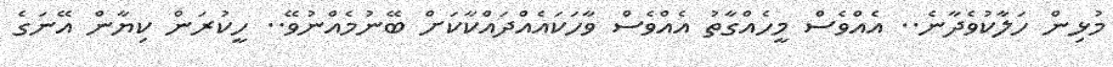
މުޅިން ހަލާކުވެދާނެ.. އެއްވެސް މީހެއްގާތު އެއްވެސް ވާހަކައެއްދައްކާކަށް ބޭނުމެއްނުވޭ.. ހީކުރަން ކިޔާން އޭނަގެ